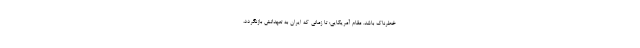
خطرناک باشد. مقام آمریکایی: تا زمانی که ایران به تعهداتش بازنگردد،